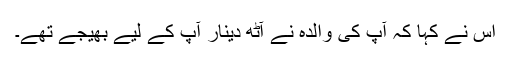
اس نے کہا کہ آپ کی والدہ نے آٹھ دینار آپ کے لیے بھیجے تھے۔